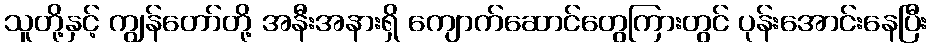
သူတို့နှင့် ကျွန်တော်တို့ အနီးအနားရှိ ကျောက်ဆောင်တွေကြားတွင် ပုန်းအောင်းနေပြီး